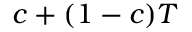
c + ( 1 - c ) T